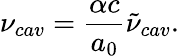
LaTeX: \nu_{cav}=\frac{\alpha c}{a_{0}}\tilde{\nu}_{cav}.